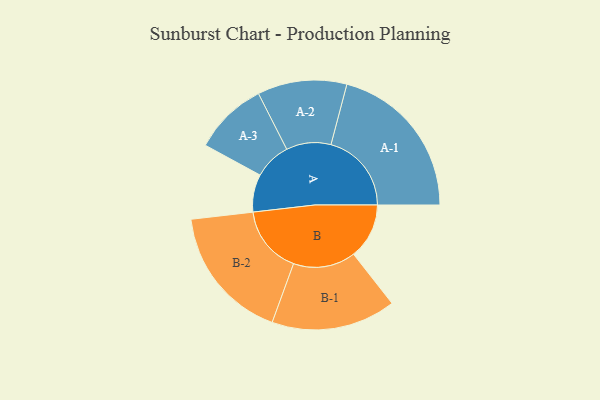
{"axis": {"x": "Segment", "y": "Value"}, "legend": ["", "A", "B"], "data": [{"x": "A", "y": 107, "type": ""}, {"x": "B", "y": 158, "type": ""}, {"x": "A-1", "y": 229, "type": "A"}, {"x": "A-2", "y": 127, "type": "A"}, {"x": "A-3", "y": 105, "type": "A"}, {"x": "B-1", "y": 177, "type": "B"}, {"x": "B-2", "y": 193, "type": "B"}]}